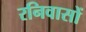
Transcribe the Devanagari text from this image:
रनिवासों